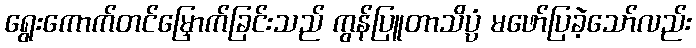
ရွေးကောက်တင်မြှောက်ခြင်းသည် ကွန်ပြူတာသိပ္ပံ မဖော်ပြခဲ့သော်လည်း